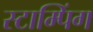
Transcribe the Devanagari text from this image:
स्टाम्पिंग